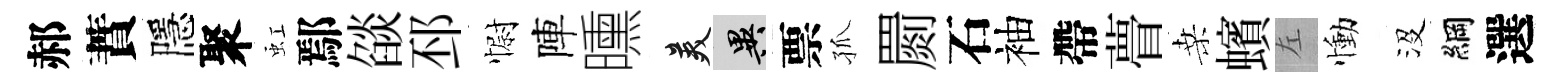
郝蕡隱聚虹鄢燄邳𢠢陣曛美异票孤罽石袖帶瞢桑蠙左慟沒綱選